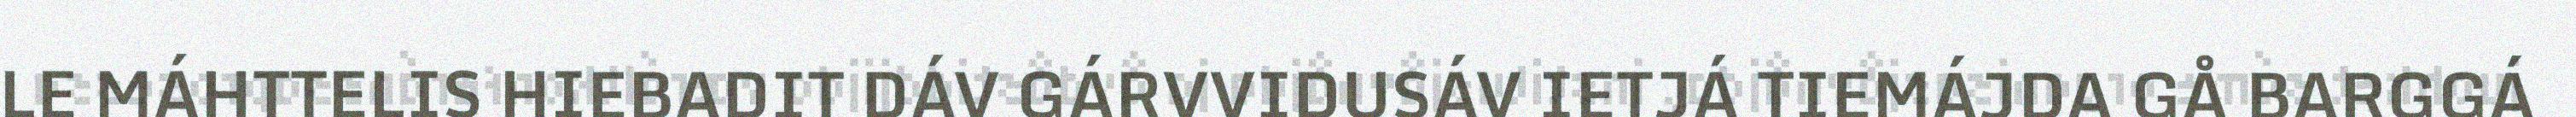
LE MÁHTTELIS HIEBADIT DÁV GÁRVVIDUSÁV IETJÁ TIEMÁJDA GÅ BARGGÁ